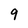
Character: 9